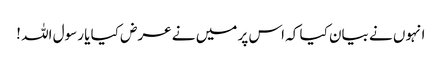
انہوں نے بیان کیا کہ اس پر میں نے عرض کیا یا رسول اللہ !